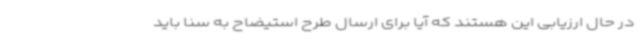
در حال ارزیابی این هستند که آیا برای ارسال طرح استیضاح به سنا باید